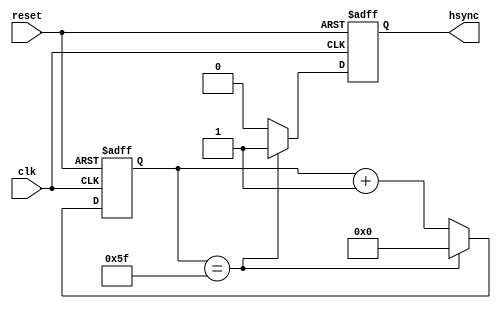
module HorizontalSyncGenerator (
    input wire clk,
    input wire reset,
    output reg hsync
);

parameter H_SYNC_COUNT = 96; // Adjust based on specific VGA timing requirements

reg [6:0] count;

always @(posedge clk or posedge reset) begin
    if (reset) begin
        count <= 0;
        hsync <= 1;
    end else begin
        if (count == H_SYNC_COUNT - 1) begin
            count <= 0;
            hsync <= 1;
        end else begin
            count <= count + 1;
            hsync <= 0;
        end
    end
end

endmodule